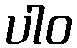
ပါဝ